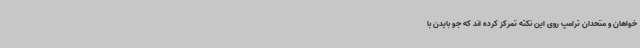
خواهان و متحدان ترامپ روی این نکته تمرکز کرده اند که جو بایدن با